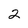
Character: 2